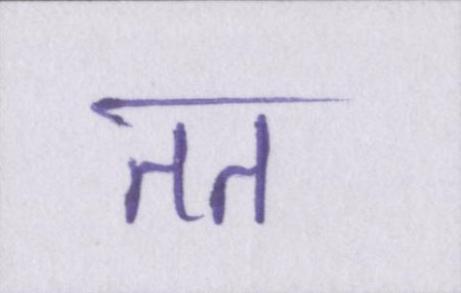
तत